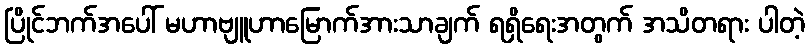
ပြိုင်ဘက်အပေါ် မဟာဗျူဟာမြောက်အားသာချက် ရရှိရေးအတွက် အသိတရား ပါတဲ့